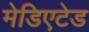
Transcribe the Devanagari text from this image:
मेडिएटेड